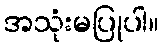
အသုံးမပြုပါ။